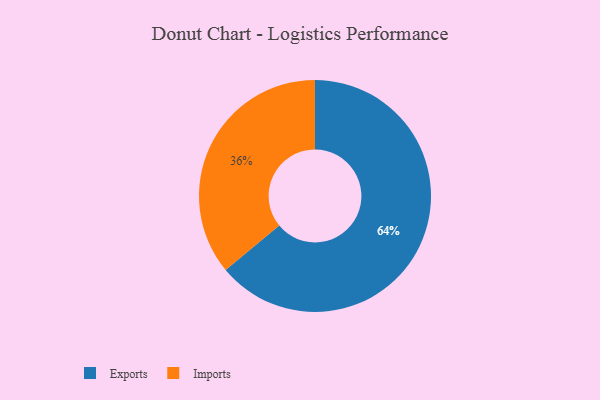
{"axis": {"x": "Category", "y": "Percentage"}, "legend": ["Exports", "Imports"], "data": [{"x": "Exports", "y": 64, "type": "Exports"}, {"x": "Imports", "y": 36, "type": "Imports"}]}